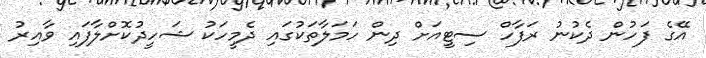
އޭގެ ފަހުން ދެކުނު ރަފާހް ސިޓީއަށް ދިން ހަމަލާތަކުގައި ދެމީހަކު ޝަހީދުކޮށްލާފައި ވާއިރު